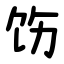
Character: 饬